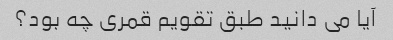
آیا می دانید طبق تقویم قمری چه بود؟